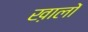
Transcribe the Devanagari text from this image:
ख़ालों